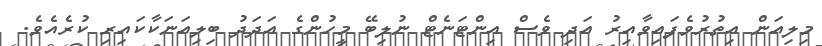
މިލިއަން އިތުރުވެފައިވާއިރު އަދި ވެސް އިންޓަނެޓް ނުލިބޭ މީހުންގެ އަދަދު ބިލިއަނަކާކައިރި ކުރެއެވެ.